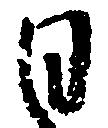
日